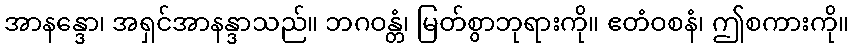
အာနန္ဒော၊ အရှင်အာနန္ဒာသည်။ ဘဂဝန္တံ၊ မြတ်စွာဘုရားကို။ ဧတံဝစနံ၊ ဤစကားကို။